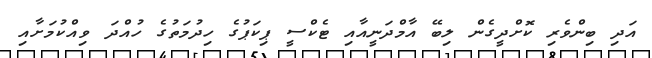
އަދި ބިންވެރި ކޮށްދީގެން ލިބޭ އާމްދަނީއާއި ޓެކްސީ ޕިކަޕުގެ ހިދުމަތުގެ ހުއްދަ ވިއްކުމަށާއި